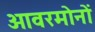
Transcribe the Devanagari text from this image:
ओवरमोनों